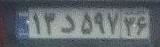
۱۳د۵۹۷۳۶